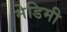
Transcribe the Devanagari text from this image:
मेडिमी